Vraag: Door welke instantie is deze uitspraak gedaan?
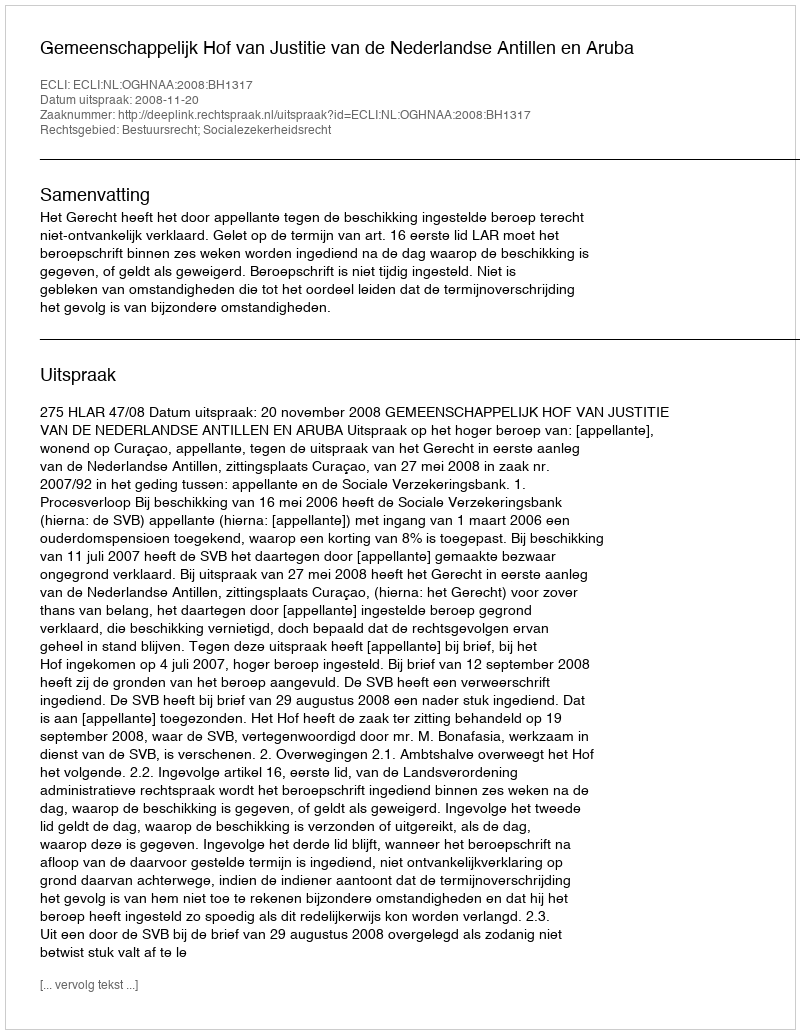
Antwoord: Gemeenschappelijk Hof van Justitie van de Nederlandse Antillen en Aruba